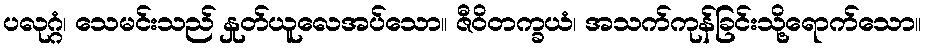
ပလုဂ္ဂံ၊ သေမင်းသည် နှုတ်ယူလေအပ်သော။ ဇီဝိတက္ခယံ၊ အသက်ကုန်ခြင်းသို့ရောက်သော။